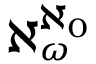
\aleph _ { \omega } ^ { \aleph _ { 0 } }